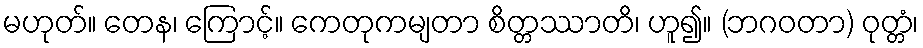
မဟုတ်။ တေန၊ ကြောင့်။ ကေတုကမျတာ စိတ္တဿာတိ၊ ဟူ၍။ (ဘဂဝတာ) ဝုတ္တံ၊